Indian journal of veterinary science and animal husbandry - Volumes 26-27, 1956-1957
Year: 1956
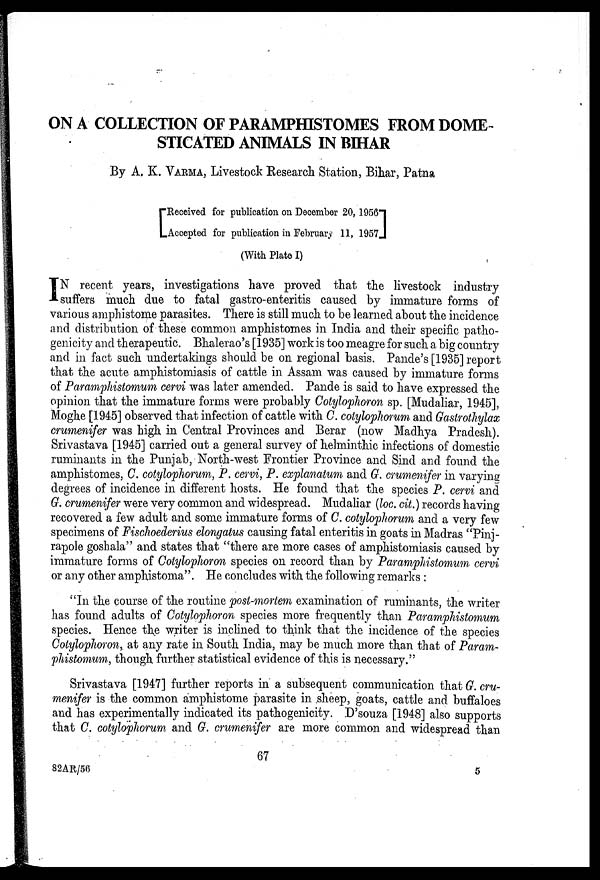
ON A COLLECTION OF PARAMPHISTOMES FROM DOME
STICATED ANIMALS IN BIHAR
By A. K. VARMA, Livestock Research Station, Bihar, Patna
[ Received for publication on December 20, 1956
Accepted for publication in February 11, 1957]
(With Plate I)
I N recent years, investigations have proved that the livestock industry
suffers much due to fatal gastro-enteritis caused by immature forms of
various amphistome parasites. There is still much to be learned about the incidence
and distribution of these common amphistomes in India and their specific patho-
genicity and therapeutic. Bhalerao's [1935] work is too meagre for such a big country
and in fact such undertakings should be on regional basis. Pande's [1935] report
that the acute amphistomiasis of cattle in Assam was caused by immature forms
of Paramphistomum cervi was later amended. Pande is said to have expressed the
opinion that the immature forms were probably Cotylophoron sp. [Mudaliar, 1945],
Moghe [1945] observed that infection of cattle with C. cotylophorum and Gastrothylax
crumenifer was high in Central Provinces and Berar (now Madhya Pradesh).
Srivastava [1945] carried out a general survey of helminthic infections of domestic
ruminants in the Punjab, North-west Frontier Province and Sind and found the
amphistomes, C. cotylophorum, P. cervi, P. explanatum and G. crumenifer in varying
degrees of incidence in different hosts. He found that the species P. cervi and
G. crumenifer were very common and widespread. Mudaliar (loc. cit.) records having
recovered a few adult and some immature forms of C. cotylophorum and a very few
specimens of Fischoederius elongatus causing fatal enteritis in goats in Madras "Pinj-
rapole goshala" and states that "there are more cases of amphistomiasis caused by
immature forms of Cotylophoron species on record than by Paramphistomum cervi
or any other amphistoma". He concludes with the following remarks :
"In the course of the routine post-mortem examination of ruminants, the writer
has found adults of Cotylophoron species more frequently than Paramphistomum
species. Hence the writer is inclined to think that the incidence of the species
Cotylophoron, at any rate in South India, may be much more than that of Param-
phistomum, though further statistical evidence of this is necessary."
Srivastava [1947] further reports in a subsequent communication that G. cru-
menifer is the common amphistome parasite in sheep, goats, cattle and buffaloes
and has experimentally indicated its pathogenicity. D'souza [1948] also supports
that C. cotylophorum and G. crumenifer are more common and widespread than
67
82AR/56
5